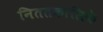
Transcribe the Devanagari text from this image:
निततकालिके